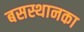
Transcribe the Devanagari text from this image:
बसस्थानका